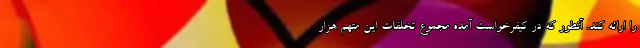
را ارائه کند. آنطور که در کیفرخواست آمده مجموع تخلفات این متهم هزار